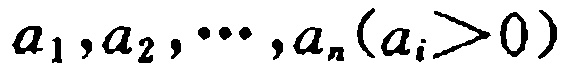
\(a_{1},a_{2},\cdots,a_{n}(a_{i}>0)\)